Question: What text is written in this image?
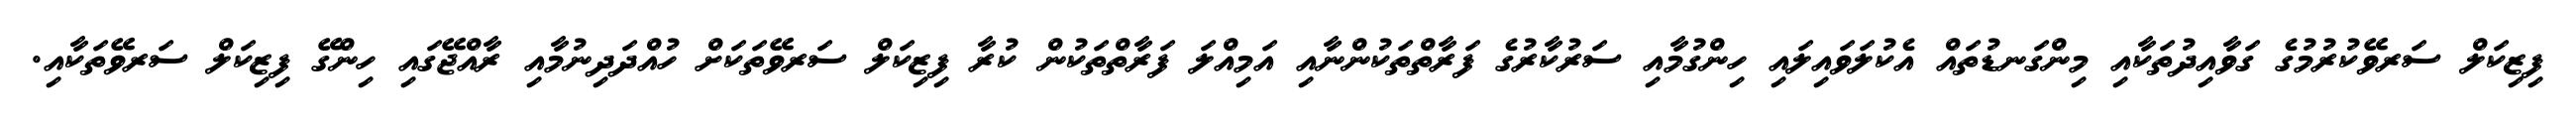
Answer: ފިޒިކަލް ސަރވޭކުރުމުގެ ގަވާއިދުތަކާއި މިންގަނޑުތައް އެކުލަވައިލައި ހިންގުމާއި ސަރުކާރުގެ ފަރާތްތަކުންނާއި އަމިއްލަ ފަރާތްތަކުން ކުރާ ފިޒިކަލް ސަރވޭތަކަށް ހުއްދަދިނުމާއި ރާއްޖޭގައި ހިންގޭ ފިޒިކަލް ސަރވޭތަކާއި.